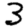
Digit: 3